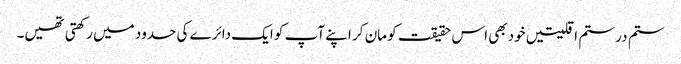
ستم در ستم اقلیتیں خود بھی اس حقیقت کو مان کر اپنے آپ کو ایک دائرے کی حدود میں رکھتی تھیں۔